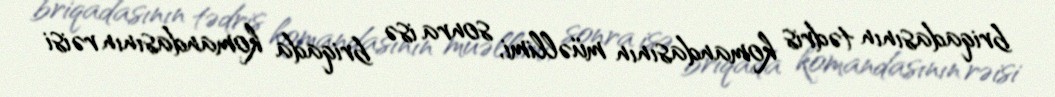
briqadasının tədris komandasının müəllimi, sonra isə briqada komandasının rəisi